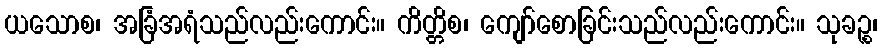
ယသောစ၊ အခြံအရံသည်လည်းကောင်း။ ကိတ္တိစ၊ ကျော်စောခြင်းသည်လည်းကောင်း။ သုခဉ္စ၊